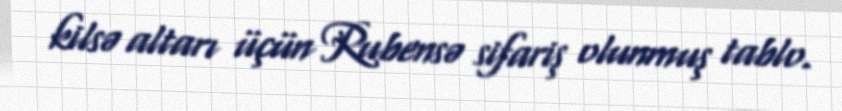
kilsə altarı üçün Rubensə sifariş olunmuş tablo.